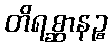
တိရစ္ဆာနဉ္စ